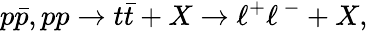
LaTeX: p{\bar{p}},pp\rightarrow t{\bar{t}}+X\rightarrow\ell^{+}\ell\, ^{-}+X,